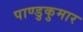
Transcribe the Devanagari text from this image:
पाण्डुकुमार